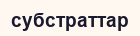
субстраттар